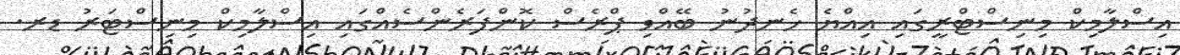
އިސްލާމިކް މިނިސްޓްރީގައި އިއްޔެ ހެނދުނު ބޭއްވި ޕްރެސް ކޮންފަރެންސެއްގައި އިސްލާމިކް މިނިސްޓަރު ޑރ.